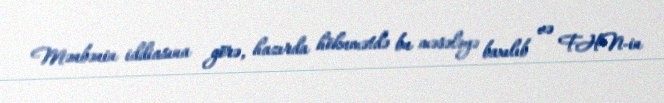
Mənbənin iddiasına görə, hazırda hökumətdə bu məsələyə baxılıb və FHN-in